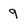
Character: 9